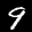
Label: 9